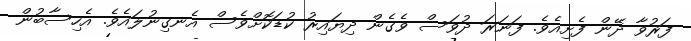
ފަރުވާ ދޭން ފެށިއެވެ. ފަނަރަ ދުވަސް ވެގެން ދިޔައިރު ކުޑަކޮށްވެސް އެނގިނުލައެވެ. އެހިސާބުން